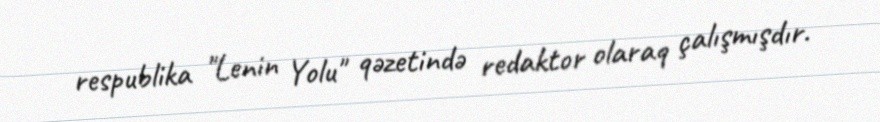
respublika "Lenin Yolu" qəzetində redaktor olaraq çalışmışdır.